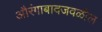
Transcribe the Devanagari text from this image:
औरंगाबादजवळील